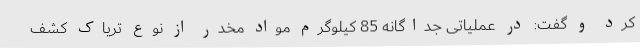
کرد و گفت: در عملیاتی جداگانه 85 کیلوگرم مواد مخدر از نوع تریاک کشف